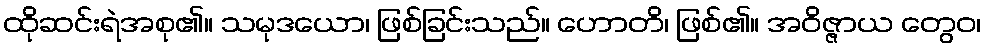
ထိုဆင်းရဲအစု၏။ သမုဒယော၊ ဖြစ်ခြင်းသည်။ ဟောတိ၊ ဖြစ်၏။ အဝိဇ္ဇာယ တွေဝ၊